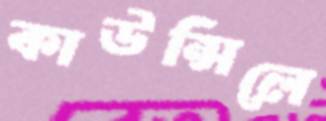
কাউন্সিলে